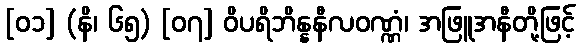
[၀၁] (နိ၊ ၆၅) [၀၇] ဝိပရိဘိန္နနီလဝဏ္ဏံ၊ အဖြူအနီတို့ဖြင့်